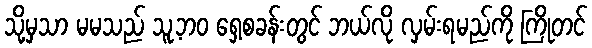
သို့မှသာ မမသည် သူ့ဘဝ ရှေ့စခန်းတွင် ဘယ်လို လှမ်းရမည်ကို ကြိုတင်